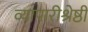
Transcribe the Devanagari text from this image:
व्यापारीश्रेष्ठी